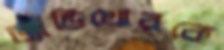
ড্যান্ডিখোরকে